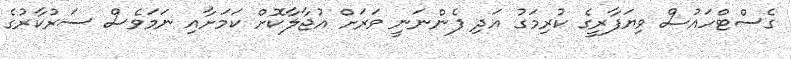
ގެސްޓްހައުސް ވިޔަފާރީގެ ކުރިމަގު އަދި ފެންނަނީ ވަރަށް އުޖާލާކޮށް ކަމަށާއި ނަމަވެސް ސަރުކާރުގެ